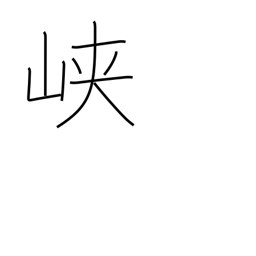
Meaning: ravine